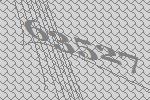
63527